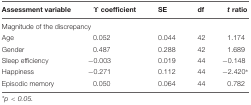
<table><thead><tr><td><b>Assessment variable</b></td><td><b>γ coefficient</b></td><td><b>SE</b></td><td><b>df</b></td><td><b><i>t</i> ratio</b></td></tr></thead><tbody><tr><td colspan="5">Magnitude of the discrepancy</td></tr><tr><td>Age</td><td>0.052</td><td>0.044</td><td>42</td><td>1.174</td></tr><tr><td>Gender</td><td>0.487</td><td>0.288</td><td>42</td><td>1.689</td></tr><tr><td>Sleep efficiency</td><td>–0.003</td><td>0.019</td><td>44</td><td>–0.148</td></tr><tr><td>Happiness</td><td>–0.271</td><td>0.112</td><td>44</td><td>–2.420<sup>∗</sup></td></tr><tr><td>Episodic memory</td><td>0.050</td><td>0.064</td><td>44</td><td>0.782</td></tr></tbody></table>